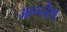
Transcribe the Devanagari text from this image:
आग्‍नेय